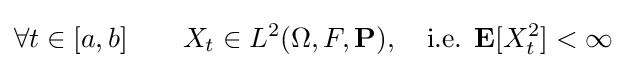
\forall t\in [a,b]\qquad X_{t}\in L^{2}(\Omega ,F,\mathbf {P} ),\quad {\text{i.e. }}\mathbf {E} [X_{t}^{2}]<\infty